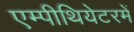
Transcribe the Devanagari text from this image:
एम्पीथियेटरमें